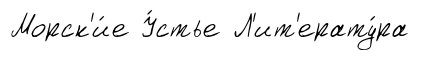
Морск'и́е У́стье Л'ит'ерату́ра